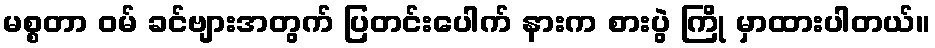
မစ္စတာ ဝမ် ခင်ဗျားအတွက် ပြတင်းပေါက် နားက စားပွဲ ကြို မှာထားပါတယ်။